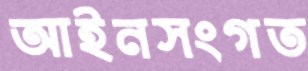
আইনসংগত